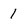
Character: 1